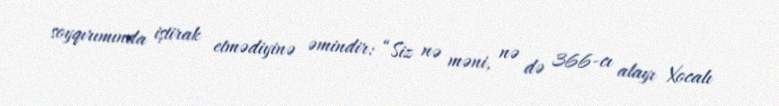
soyqırımında iştirak etmədiyinə əmindir: “Siz nə məni, nə də 366-cı alayı Xocalı